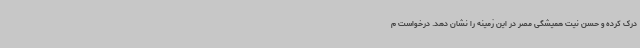
درک کرده و حسن نیت همیشگی مصر در این زمینه را نشان دهد. درخواست م